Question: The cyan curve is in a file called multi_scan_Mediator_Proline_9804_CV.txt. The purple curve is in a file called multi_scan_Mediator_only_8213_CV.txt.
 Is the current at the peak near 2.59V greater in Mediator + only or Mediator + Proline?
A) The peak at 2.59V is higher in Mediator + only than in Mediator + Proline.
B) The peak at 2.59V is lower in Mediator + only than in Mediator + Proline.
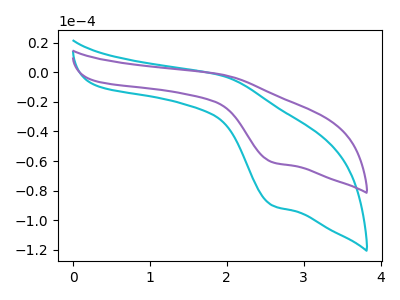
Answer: <think>The cyan curve "Mediator + Proline" has an anodic peak at (1.95V, -2.45uA) and a cathodic peak at (2.60V, -90.10uA). The purple curve "Mediator + only" has an anodic peak at (1.95V, -1.65uA) and a cathodic peak at (2.60V, -60.80uA).</think>
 <answer>B) The peak at 2.59V is lower in "Mediator + only" than in "Mediator + Proline".</answer>
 <eval>B</eval>